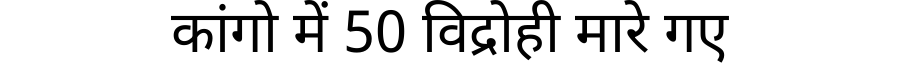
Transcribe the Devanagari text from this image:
कांगो में 50 विद्रोही मारे गए